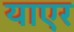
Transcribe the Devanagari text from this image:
याएर